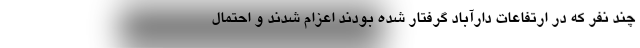
چند نفر که در ارتفاعات دارآباد گرفتار شده بودند اعزام شدند و احتمال